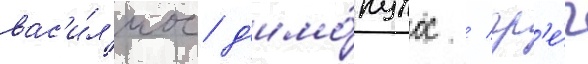
вас'и́л'иос д'имо́пулос / гр'е́ч